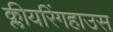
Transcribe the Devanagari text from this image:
क्लीयरिंगहाउस